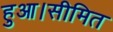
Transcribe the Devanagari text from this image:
हुआ।सीमित